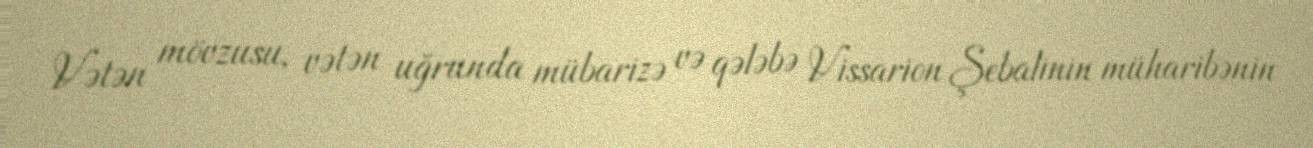
Vətən mövzusu, vətən uğrunda mübarizə və qələbə Vissarion Şebalinin müharibənin